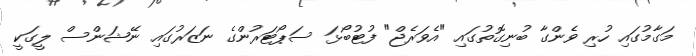
މަގާމުގައި ހުރި ވެންގާ ބުނިގޮތުގައި "އެވަރެޖް" ފުޓުބޯޅަ ސަޕޯޓަރުންގެ ނަޒަރުގައި ނޭޝަންސް ލީގަކީ